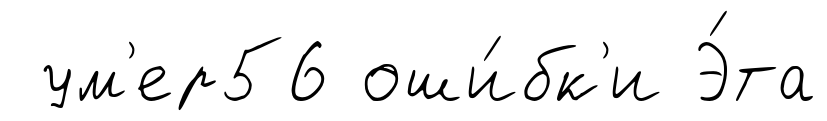
ум'ер56 оши́бк'и Э́та